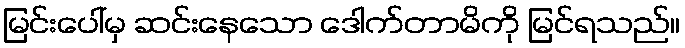
မြင်းပေါ်မှ ဆင်းနေသော ဒေါက်တာမိကို မြင်ရသည်။